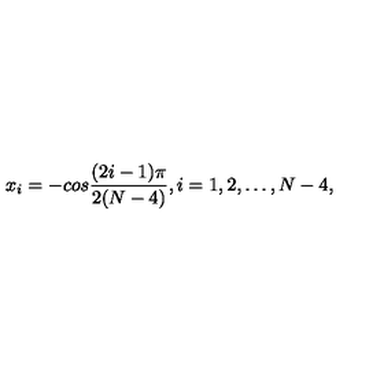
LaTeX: x _ { i } = - c o s { \frac { ( 2 i - 1 ) \pi } { 2 ( N - 4 ) } } , i = 1 , 2 , \dots , N - 4 ,